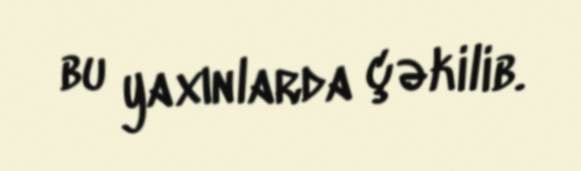
bu yaxınlarda çəkilib.